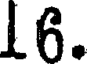
16.